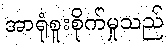
အာရုံစူးစိုက်မှုသည်